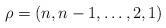
LaTeX: \begin{align*}\rho=(n,n-1,\dots,2,1)\end{align*}